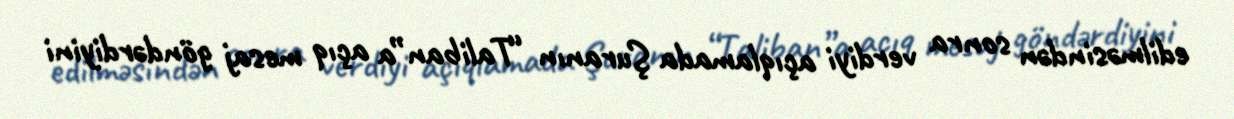
edilməsindən sonra verdiyi açıqlamada Şuranın “Taliban”a açıq mesaj göndərdiyini